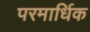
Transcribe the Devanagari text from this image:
परमार्धिक